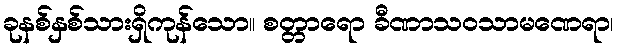
ခုနစ်နှစ်သားရှိကုန်သော။ စတ္တာရော ခီဏာသဝသာမဏေရာ၊